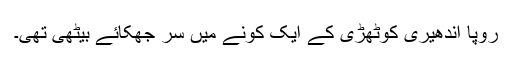
رُوپا اندھیری کوٹھڑی کے ایک کونے میں سر جھکائے بیٹھی تھی۔